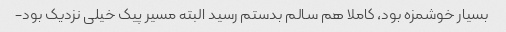
بسیار خوشمزه بود، کاملا هم سالم بدستم رسید البته مسیر پیک خیلی نزدیک بود-